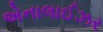
એનાલાઈઝર